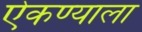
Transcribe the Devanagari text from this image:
ऐकण्याला